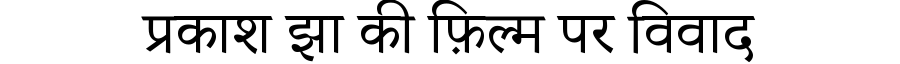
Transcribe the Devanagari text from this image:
प्रकाश झा की फ़िल्म पर विवाद